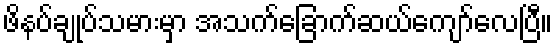
ဖိနပ်ချုပ်သမားမှာ အသက်ခြောက်ဆယ်ကျော်လေပြီ။